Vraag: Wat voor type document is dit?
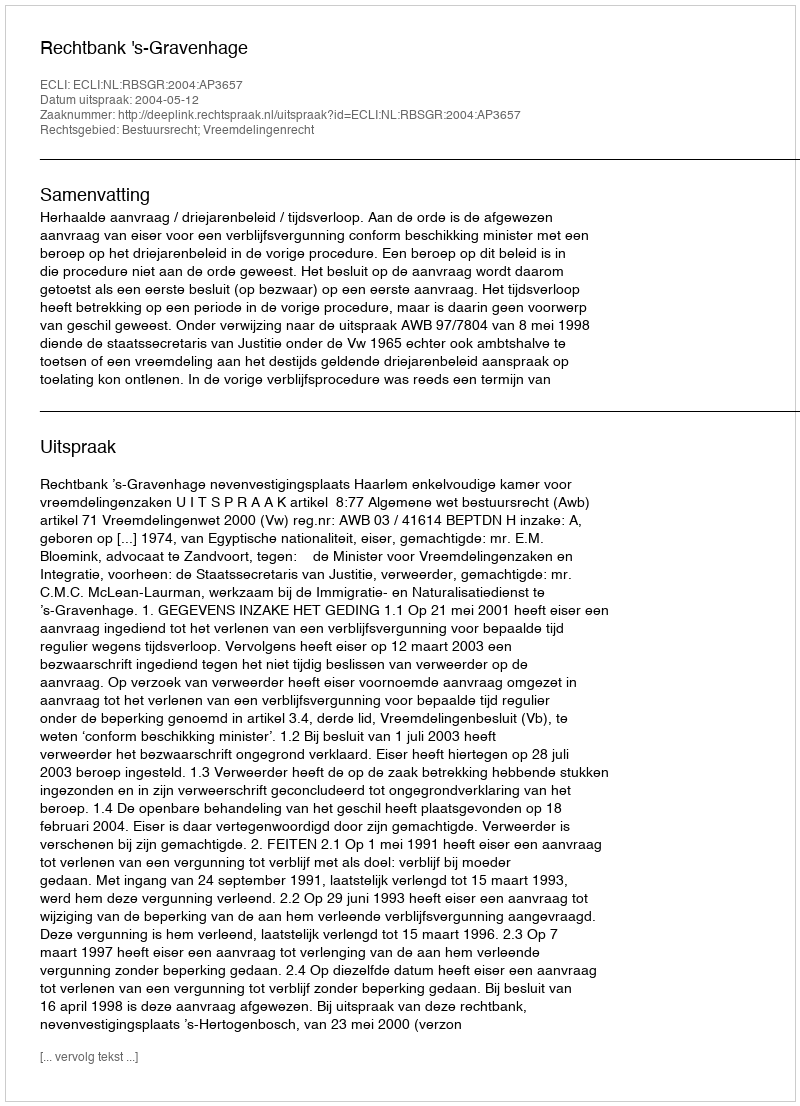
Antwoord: Uitspraak